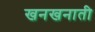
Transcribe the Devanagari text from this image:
खनखनाती